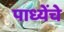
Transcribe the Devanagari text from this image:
पाध्येंचे